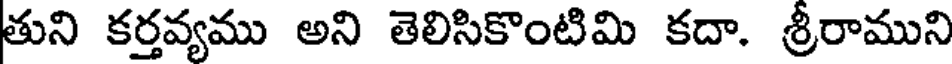
తుని కర్తవ్యము అని తెలిసికొంటిమి కదా. శ్రీరాముని